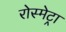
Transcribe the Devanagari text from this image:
रोस्मेट्रा